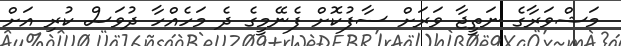
މަޝްވަރާގެ ނަތީޖާ ވަރަށް ސާފުކޮށް ފެނޭމީގެ ދެ މަހެއްހާ ދުވަސް ކުރި އަށް